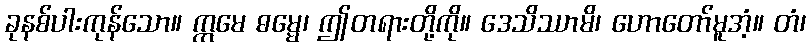
ခုနစ်ပါးကုန်သော။ ဣမေ ဓမ္မေ၊ ဤတရားတို့ကို။ ဒေသိဿာမိ၊ ဟောတော်မူအံ့။ တံ၊